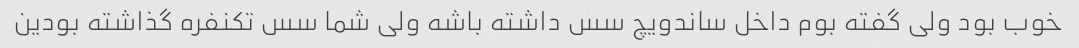
خوب بود ولی گفته بوم داخل ساندویچ سس داشته باشه ولی شما سس تکنفره گذاشته بودین